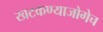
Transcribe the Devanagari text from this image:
खटकण्याजोगेच